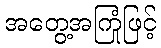
အတွေ့အကြုံဖြင့်